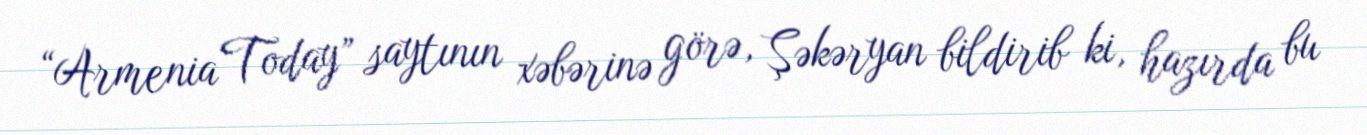
“Armenia Today” saytının xəbərinə görə, Şəkəryan bildirib ki, hazırda bu